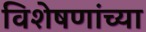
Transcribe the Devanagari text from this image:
विशेषणांच्या